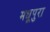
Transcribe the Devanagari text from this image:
मधूपुरा